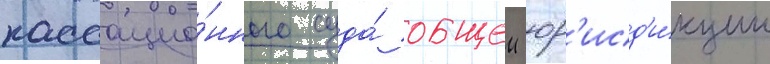
кассацио́нного суда́ общеи юр'исд'и́кции